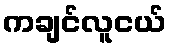
ကချင်လူငယ်